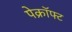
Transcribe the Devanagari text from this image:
पेक्रॉफ्ट